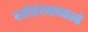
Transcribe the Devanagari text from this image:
धर्मसंस्थापकाने